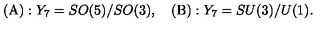
( \mathrm { A } ) : Y _ { 7 } = S O ( 5 ) / S O ( 3 ) , \quad ( \mathrm { B } ) : Y _ { 7 } = S U ( 3 ) / U ( 1 ) .